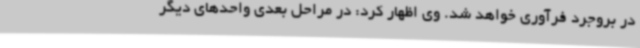
در بروجرد فرآوری خواهد شد. وی اظهار کرد: در مراحل بعدی واحدهای دیگر